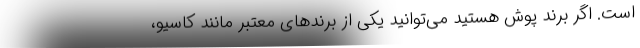
است. اگر برند پوش هستید می‌توانید یکی از برندهای معتبر مانند کاسیو،